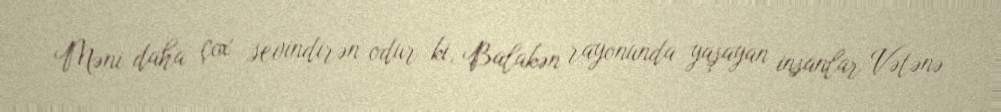
Məni daha çox sevindirən odur ki, Balakən rayonunda yaşayan insanlar Vətənə